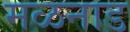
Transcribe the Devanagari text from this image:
मळनाड